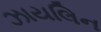
ઝાયલિન